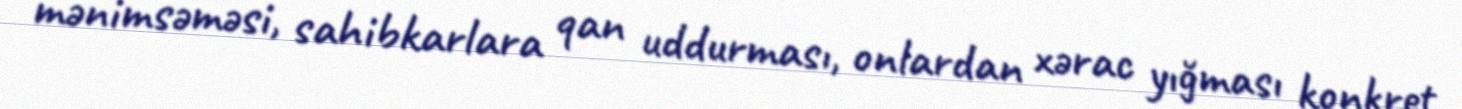
mənimsəməsi, sahibkarlara qan uddurması, onlardan xərac yığması konkret